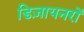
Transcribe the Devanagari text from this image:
डिज़ायनरों